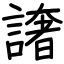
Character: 譇